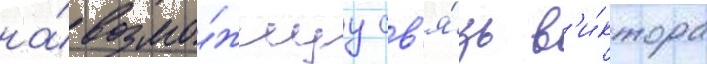
на́ возмо́жнуу св'я́зь в'и́ктора